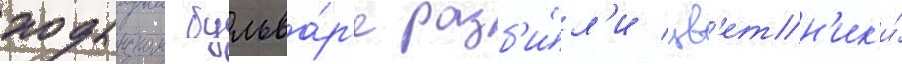
ходынском бульва́р'е разб'и́л'и цв'етн'ик'и́